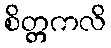
စိတ္တကလိ